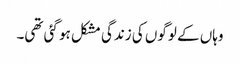
وہاں کے لوگوں کی زندگی مشکل ہو گئی تھی۔